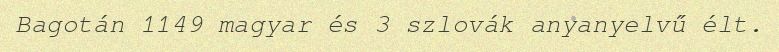
Bagotán 1149 magyar és 3 szlovák anyanyelvű élt.